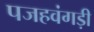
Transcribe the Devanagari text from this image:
पजहवंगड़ी